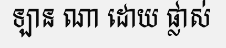
ឡាន ណា ដោយ ផ្លាស់